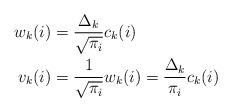
LaTeX: \begin{align*}w_{k}(i)& =\frac{\Delta _{k}}{\sqrt{\pi _{i}}}c_{k}(i) \\v_{k}(i)& =\frac{1}{\sqrt{\pi _{i}}}w_{k}(i)=\frac{\Delta _{k}}{\pi _{i}}c_{k}(i)\end{align*}